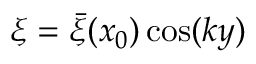
\xi = \bar { \xi } ( x _ { 0 } ) \cos ( k y )